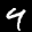
Label: 4